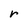
Character: r